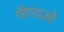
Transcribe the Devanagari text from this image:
पीएंडओ